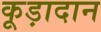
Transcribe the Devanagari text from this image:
कूड़ादान